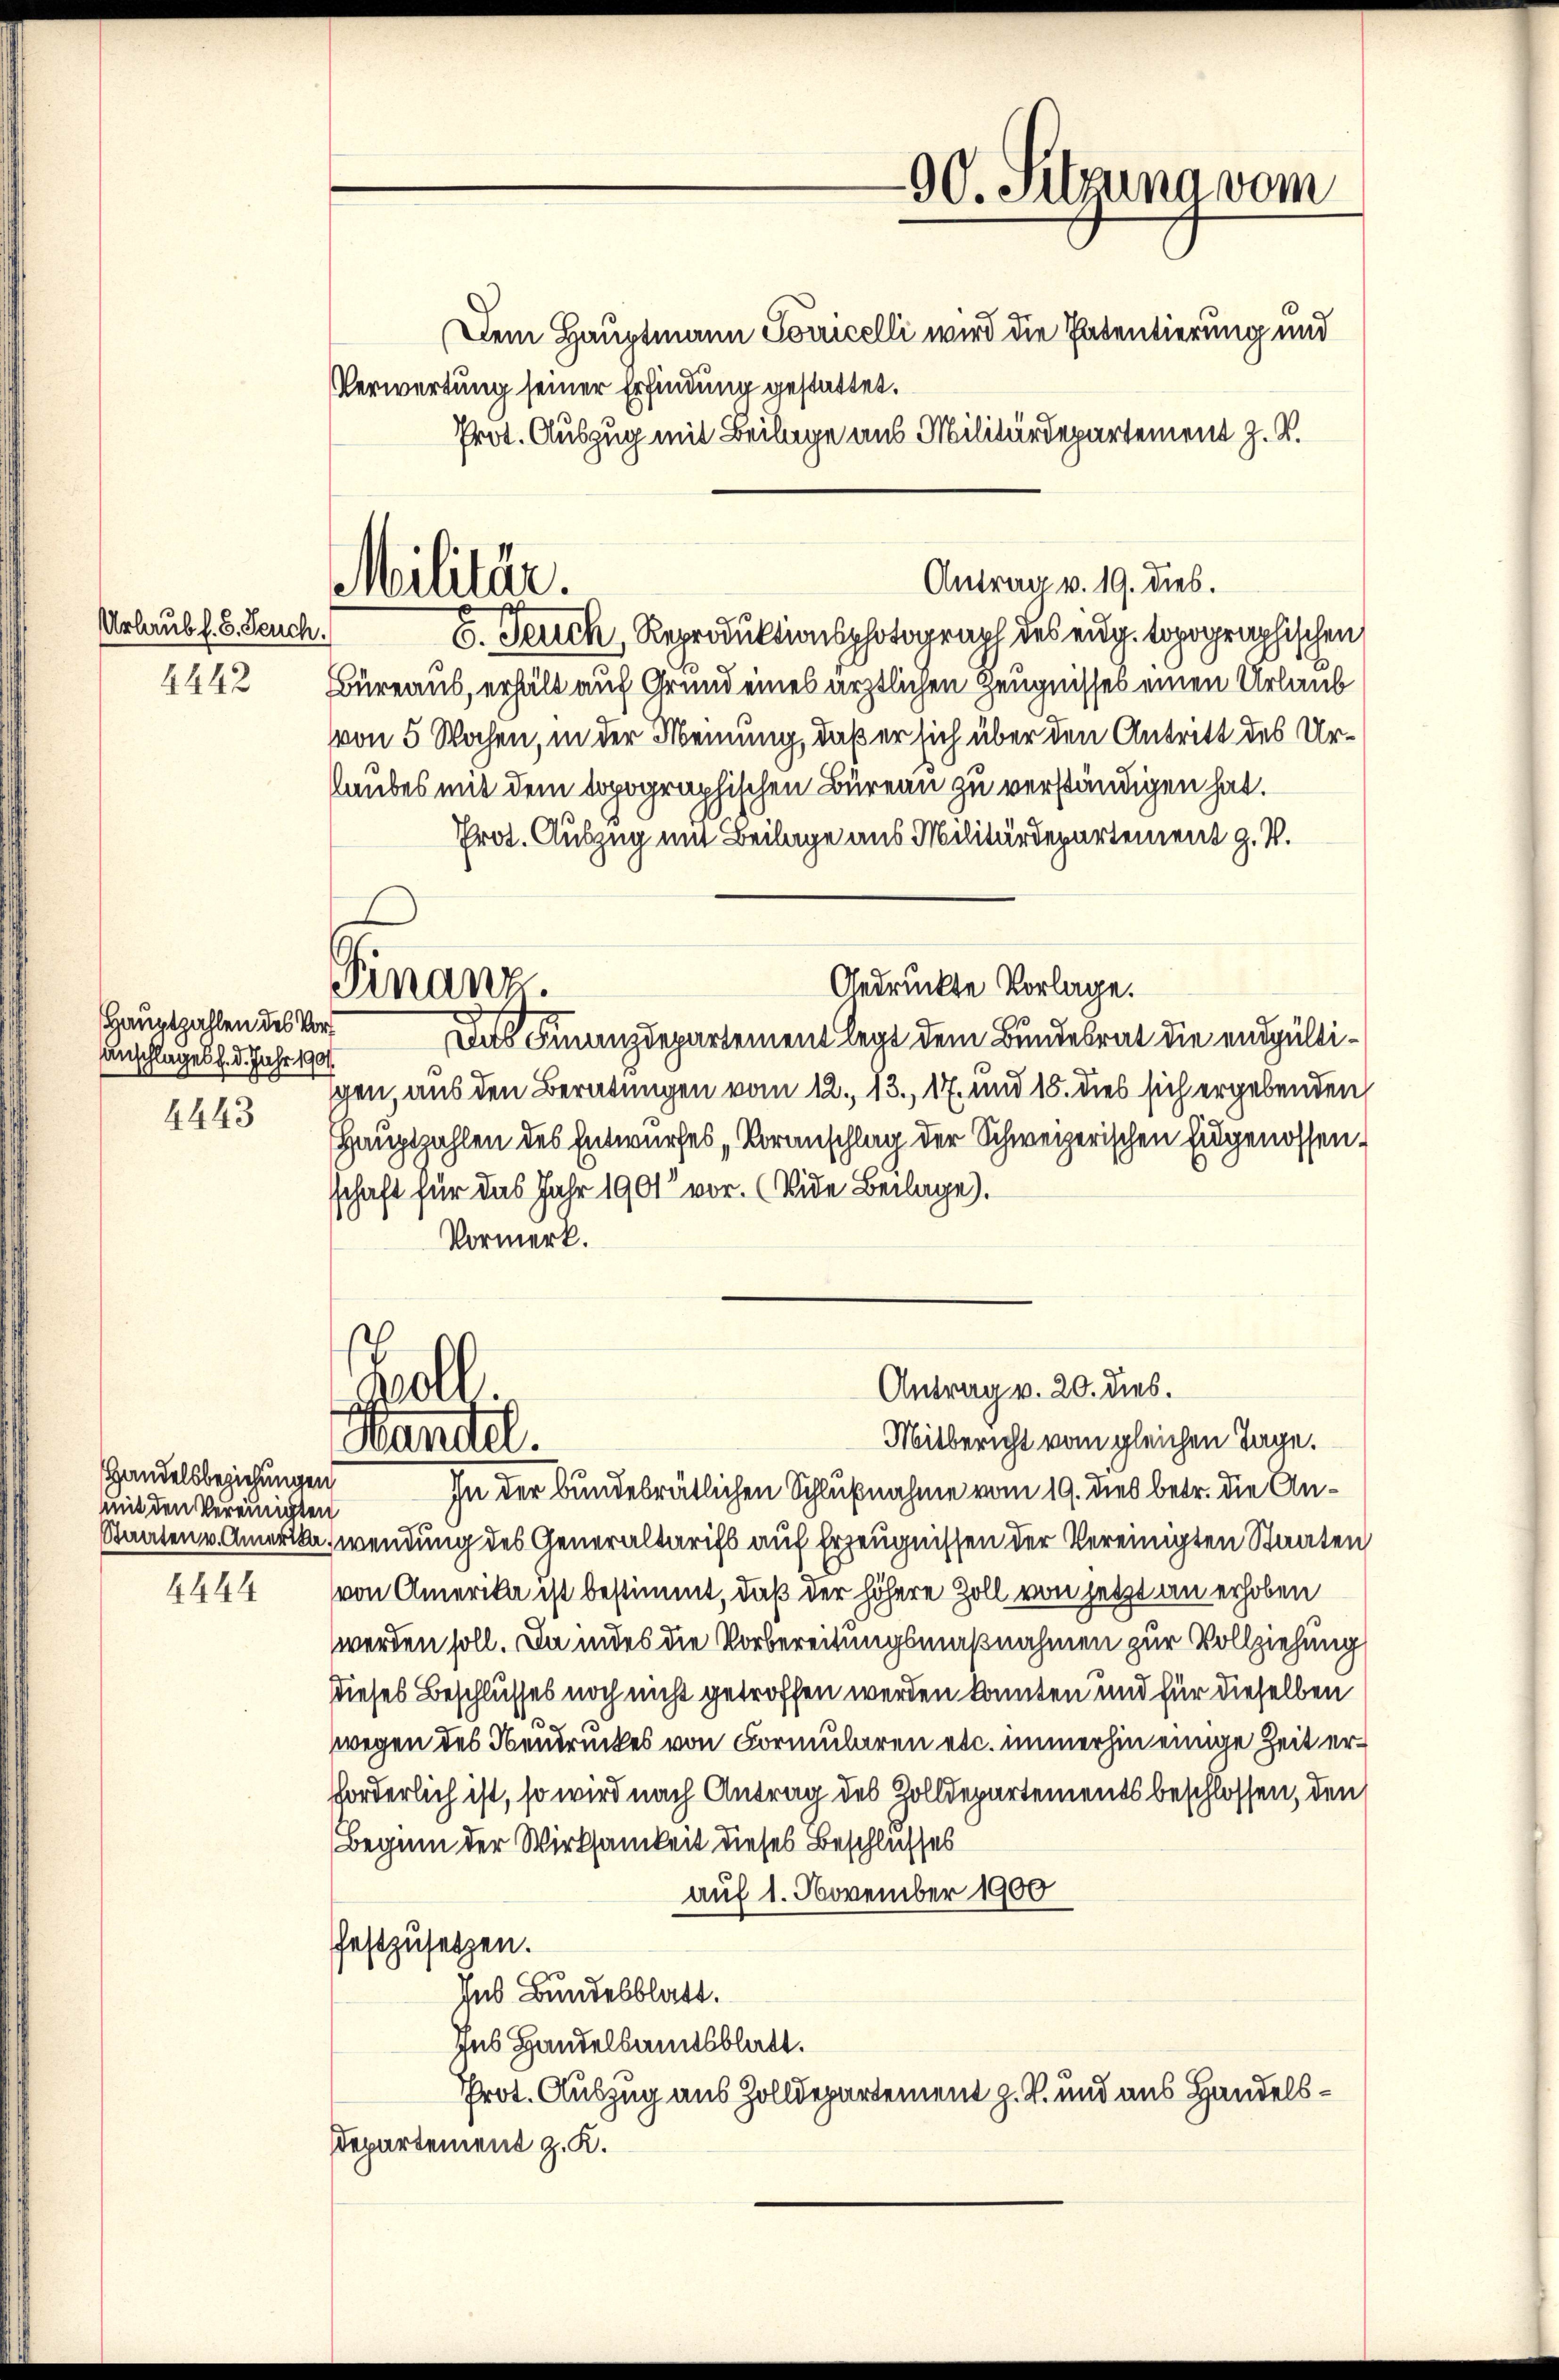
Urlaub f. 8. Feuch.
4442

Hauptzahlen des Vor¬
Anschlages d. d. Jahr 1901.
4443

Handelsbeziehungen
mit den Vereinigten
4444

Militär.

Verwertung seiner Erfindung gestattet.
6. Feuch, Reproduktionsphotograph des eng. topographischen
Büreaus, erhält auf Grund eines ärztlichen Zeugnisses einen Urlaub
von 5 Wochen, in der Meinung, daß er sich über den Antritt des Urlaubes mit dem topographischen Büreau zu verständigen hat.
Prot. Auszug mit Beilage aus Militärdepartement J. V.
Gedruckte Vorlage.
Finanz.
Das Finanzdepartement legt dem Bundesrat die endgültigen, aus den Beratungen vom 12., 13., 17. und 18. dies sich ergebenden
HHauptzahlen des Entwurfes „Voranschlag der Schweizerischen Eidgenossen.
schaft für das Jahr 1901 vor. (Vide Beilage).
Vormerk.

Woll
Handel.

90. Sitzuna vom
Dem Hauptmann Socricelli wird die Patentierung und
Prot. Auszug mit Beilage aus Militärdepartement z. B.

Antrag v. 19. dies.

Antrag v. 20. dies.

Mitbericht vom gleichen Tage.
In der bundesrätlichen Schlußnahme vom 19. dies betr. die An¬
Staaten v. Amerika, wendung des Generaltarifs auf Erzeugnissen der Vereinigten Staaten
von Amerika ist bestimmt, daß der höhere Zoll von jetzt an erhoben
werden soll. Da indes die Vorbereitungsmaßnahmen zur Vollziehung
dieses Beschlusses noch nicht getroffen werden konnten und für dieselben
wegen des Neudruckes von Formularen etc. immerhin einige Zeit erforderlich ist, so wird nach Antrag des Zolldepartements beschlossen, den
Beginn der Wirksamkeit dieses Beschlusses
auf 1. November 1900
festzusetzen.
Ins Bundesblatt.
Jus Handelsamtsblatt.
Prot. Auszug aus Zolldepartement z. B. und aus Handels¬
Departement z. K.